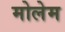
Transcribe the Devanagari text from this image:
मोलेम